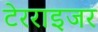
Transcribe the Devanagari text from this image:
टेरराइजर